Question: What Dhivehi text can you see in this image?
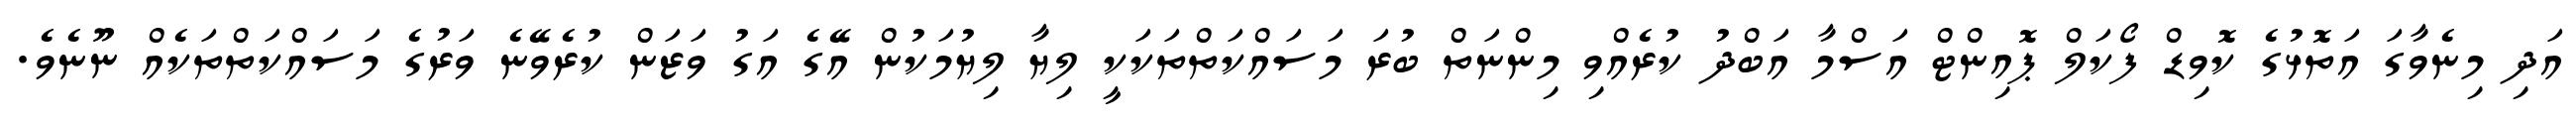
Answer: އަދި މިނެވާގަ އަތޮޅުގެ ކޮވިޑް ފޯކަލް ޕޮއިންޓް އަސްމާ އަބްދު ކުރެއްވި މިންނަތް ބުރަ މަސައްކަތްތަކަކީ ލިޔާ ލިޔުމަކުން އޭގެ އަގު ވަޒަން ކުރެވޭނެ ވަރުގެ މަސައްކަތްތަކެއް ނޫނެވެ.